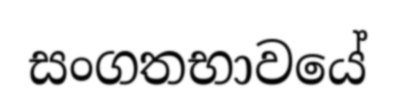
සංගතභාවයේ